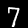
Digit: 7